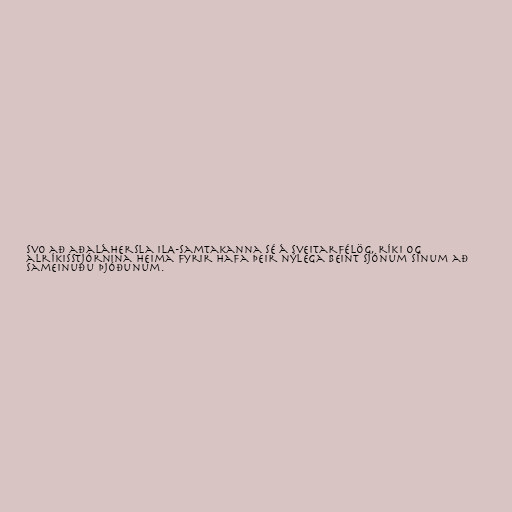
svo að aðaláhersla ILA-samtakanna sé á sveitarfélög, ríki og
alríkisstjórnina heima fyrir hafa þeir nýlega beint sjónum sínum að
Sameinuðu þjóðunum.